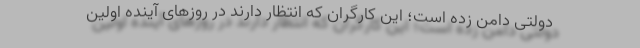
دولتی دامن زده است؛ این کارگران که انتظار دارند در روزهای آینده اولین